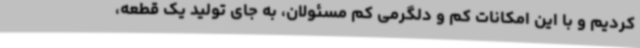
کردیم و با این امکانات کم و دلگرمی کم مسئولان، به جای تولید یک قطعه،